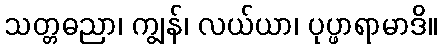
သတ္တဓညာ၊ ကျွန်၊ လယ်ယာ၊ ပုပ္ဖာရာမာဒိ။